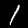
Label: 1